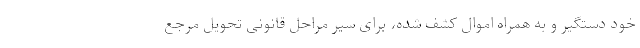
خود دستگیر و به همراه اموال کشف شده، برای سیر مراحل قانونی تحویل مرجع